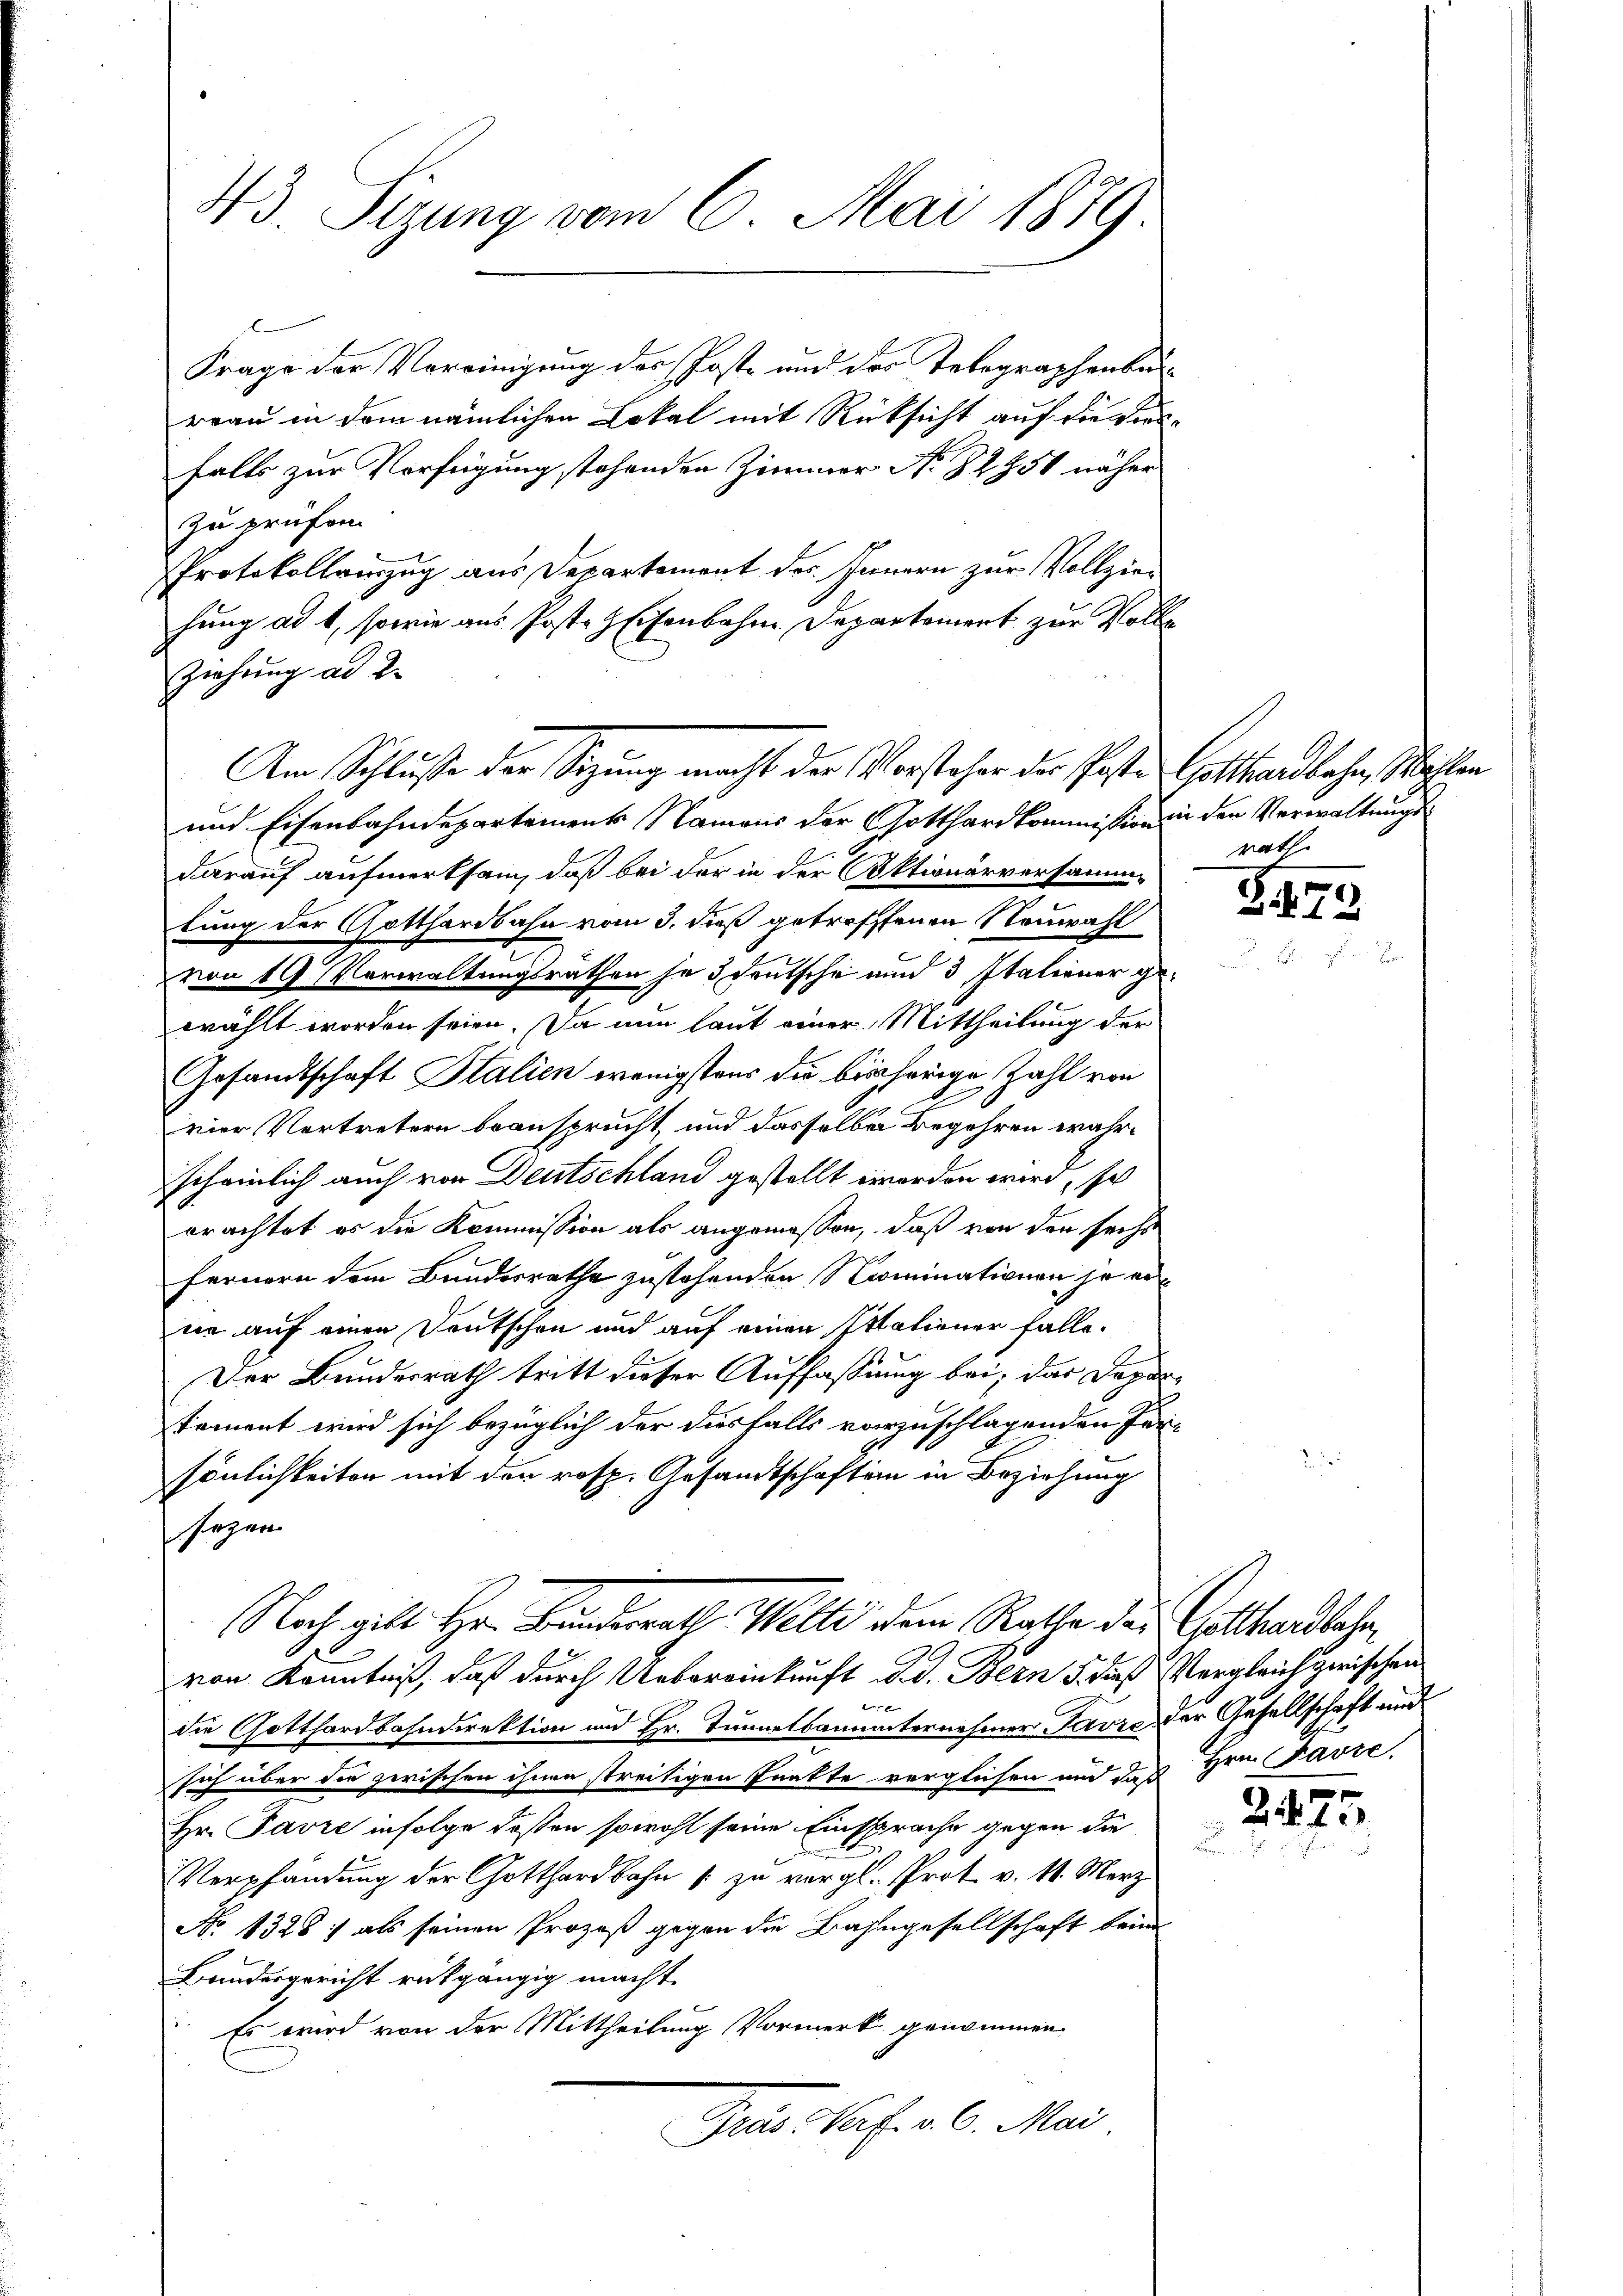
43 Sizung vom 6. Mai 1879.

Frage der Vereinigung des Poste und des Telegraphenbur
reau in dem nämlichen Lokal mit Rücksicht auf die Kinfalls zur Verfügung stehenden Zimmer No 82951 näher
zu prüfen
Protokollinzug aus Departement des Innern zur Vollziehung ad 1, sowie aus Poste Eisenbahne Departement zur Volle
Ziehung ad 2.
und Eisenbahndepartement Namens der Gotthard kommission in den Verwaltungsdarauf aufmerksam, daß bei der in der Aktionärversammlung der Gotthardbahn vom 3. dieß getroffenen Neuwahl
von 19 Verwaltungsrathen je 3 deutsche und 3 Italiener gewählt worden seien. Da nun laut einer Mittheilung der
Gesandtschaft Stalien wenigstens die bisherige Zahl von
vier Vortretern beansprucht, und dasselben Begehren wahrscheinlich auch von Deutschland gestellt worden wird, so
orachtet es die Kommission als angemessen, daß von den sechs
Fernern dem Bundesrathe zustehenden Nominationen je eine auf einen Deutschon und auf einen Italiener falle.
Der Bundesrath tritt dieser Auffassung bei, das Dapartement wird sich bezüglich der diesfalls vorzuschlagenden Fer-
sönlichkeiten mit den resp. Gesandtschaften in Beziehung
sezen

Am Schlusse der Sitzung macht der Vorsteher der Posten Gotthardbahn, Wahlen

von Kenntniß, daß durch Uebereinkunft d.d. Bern d. daß Vergleich zwischen
b
die Gotthardbahndirektion und Hr. Tunnelbauunternehmer Favre der Gesellschaft und
sich über die zwischen ihnen streitigen Prakte verglichen und daß Hrn. Favre-
Hr. Favre infolge deßen sowohl seine Einsprache gegen die
Verpfändung der Gotthardbahn zu vergl. Prot v. 1. Merz
No 1328 :/ als seinen Prozeß gegen die Bahngesellschaft beim
Bandesgericht rückgängig macht
Es wird von der Mittheilung Vormerk genommen
Deter Sache 26. Mar

Nach gilt Hr. Bundesrath Welle dem Rathe der Gotthardbahn

rath

Z 12

2425